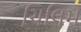
ચિલિમ